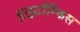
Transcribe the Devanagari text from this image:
बुलुटॉंग्किस